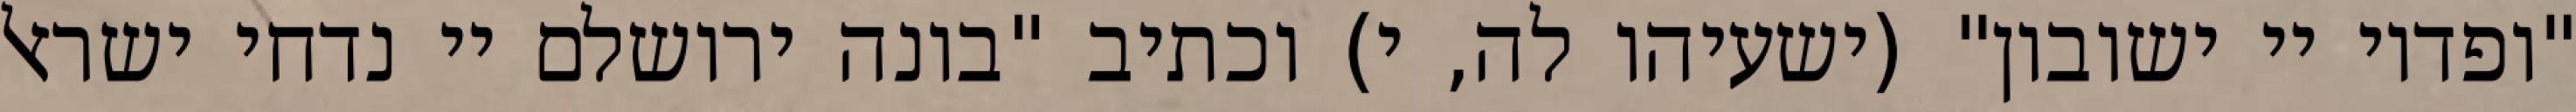
"ופדוי יי ישובון" (ישעיהו לה, י) וכתיב "בונה ירושלם יי נדחי ישראל